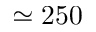
\simeq 2 5 0